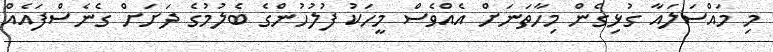
މި މައްސަލައާ ގުޅިގެން މިހާތަނަށް އެއްވެސް މީހަކު ފުލުހުންގެ ބެލުމުގެ ދަށަށް ގެނެސްފައެއް